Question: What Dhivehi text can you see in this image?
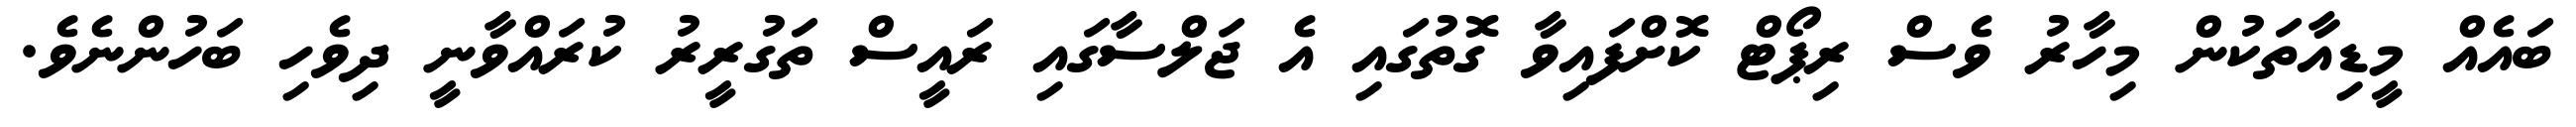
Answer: ބައެއް މީޑިއާތަކުން މިހާރު ވެސް ރިޕޯޓް ކޮށްފައިވާ ގޮތުގައި އެ ޖަލްސާގައި ރައީސް ތަގުރީރު ކުރައްވާނީ ދިވެހި ބަހުންނެވެ.